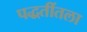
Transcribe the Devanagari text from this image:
पद्धतींतला